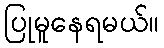
ပြုမူနေရမယ်။